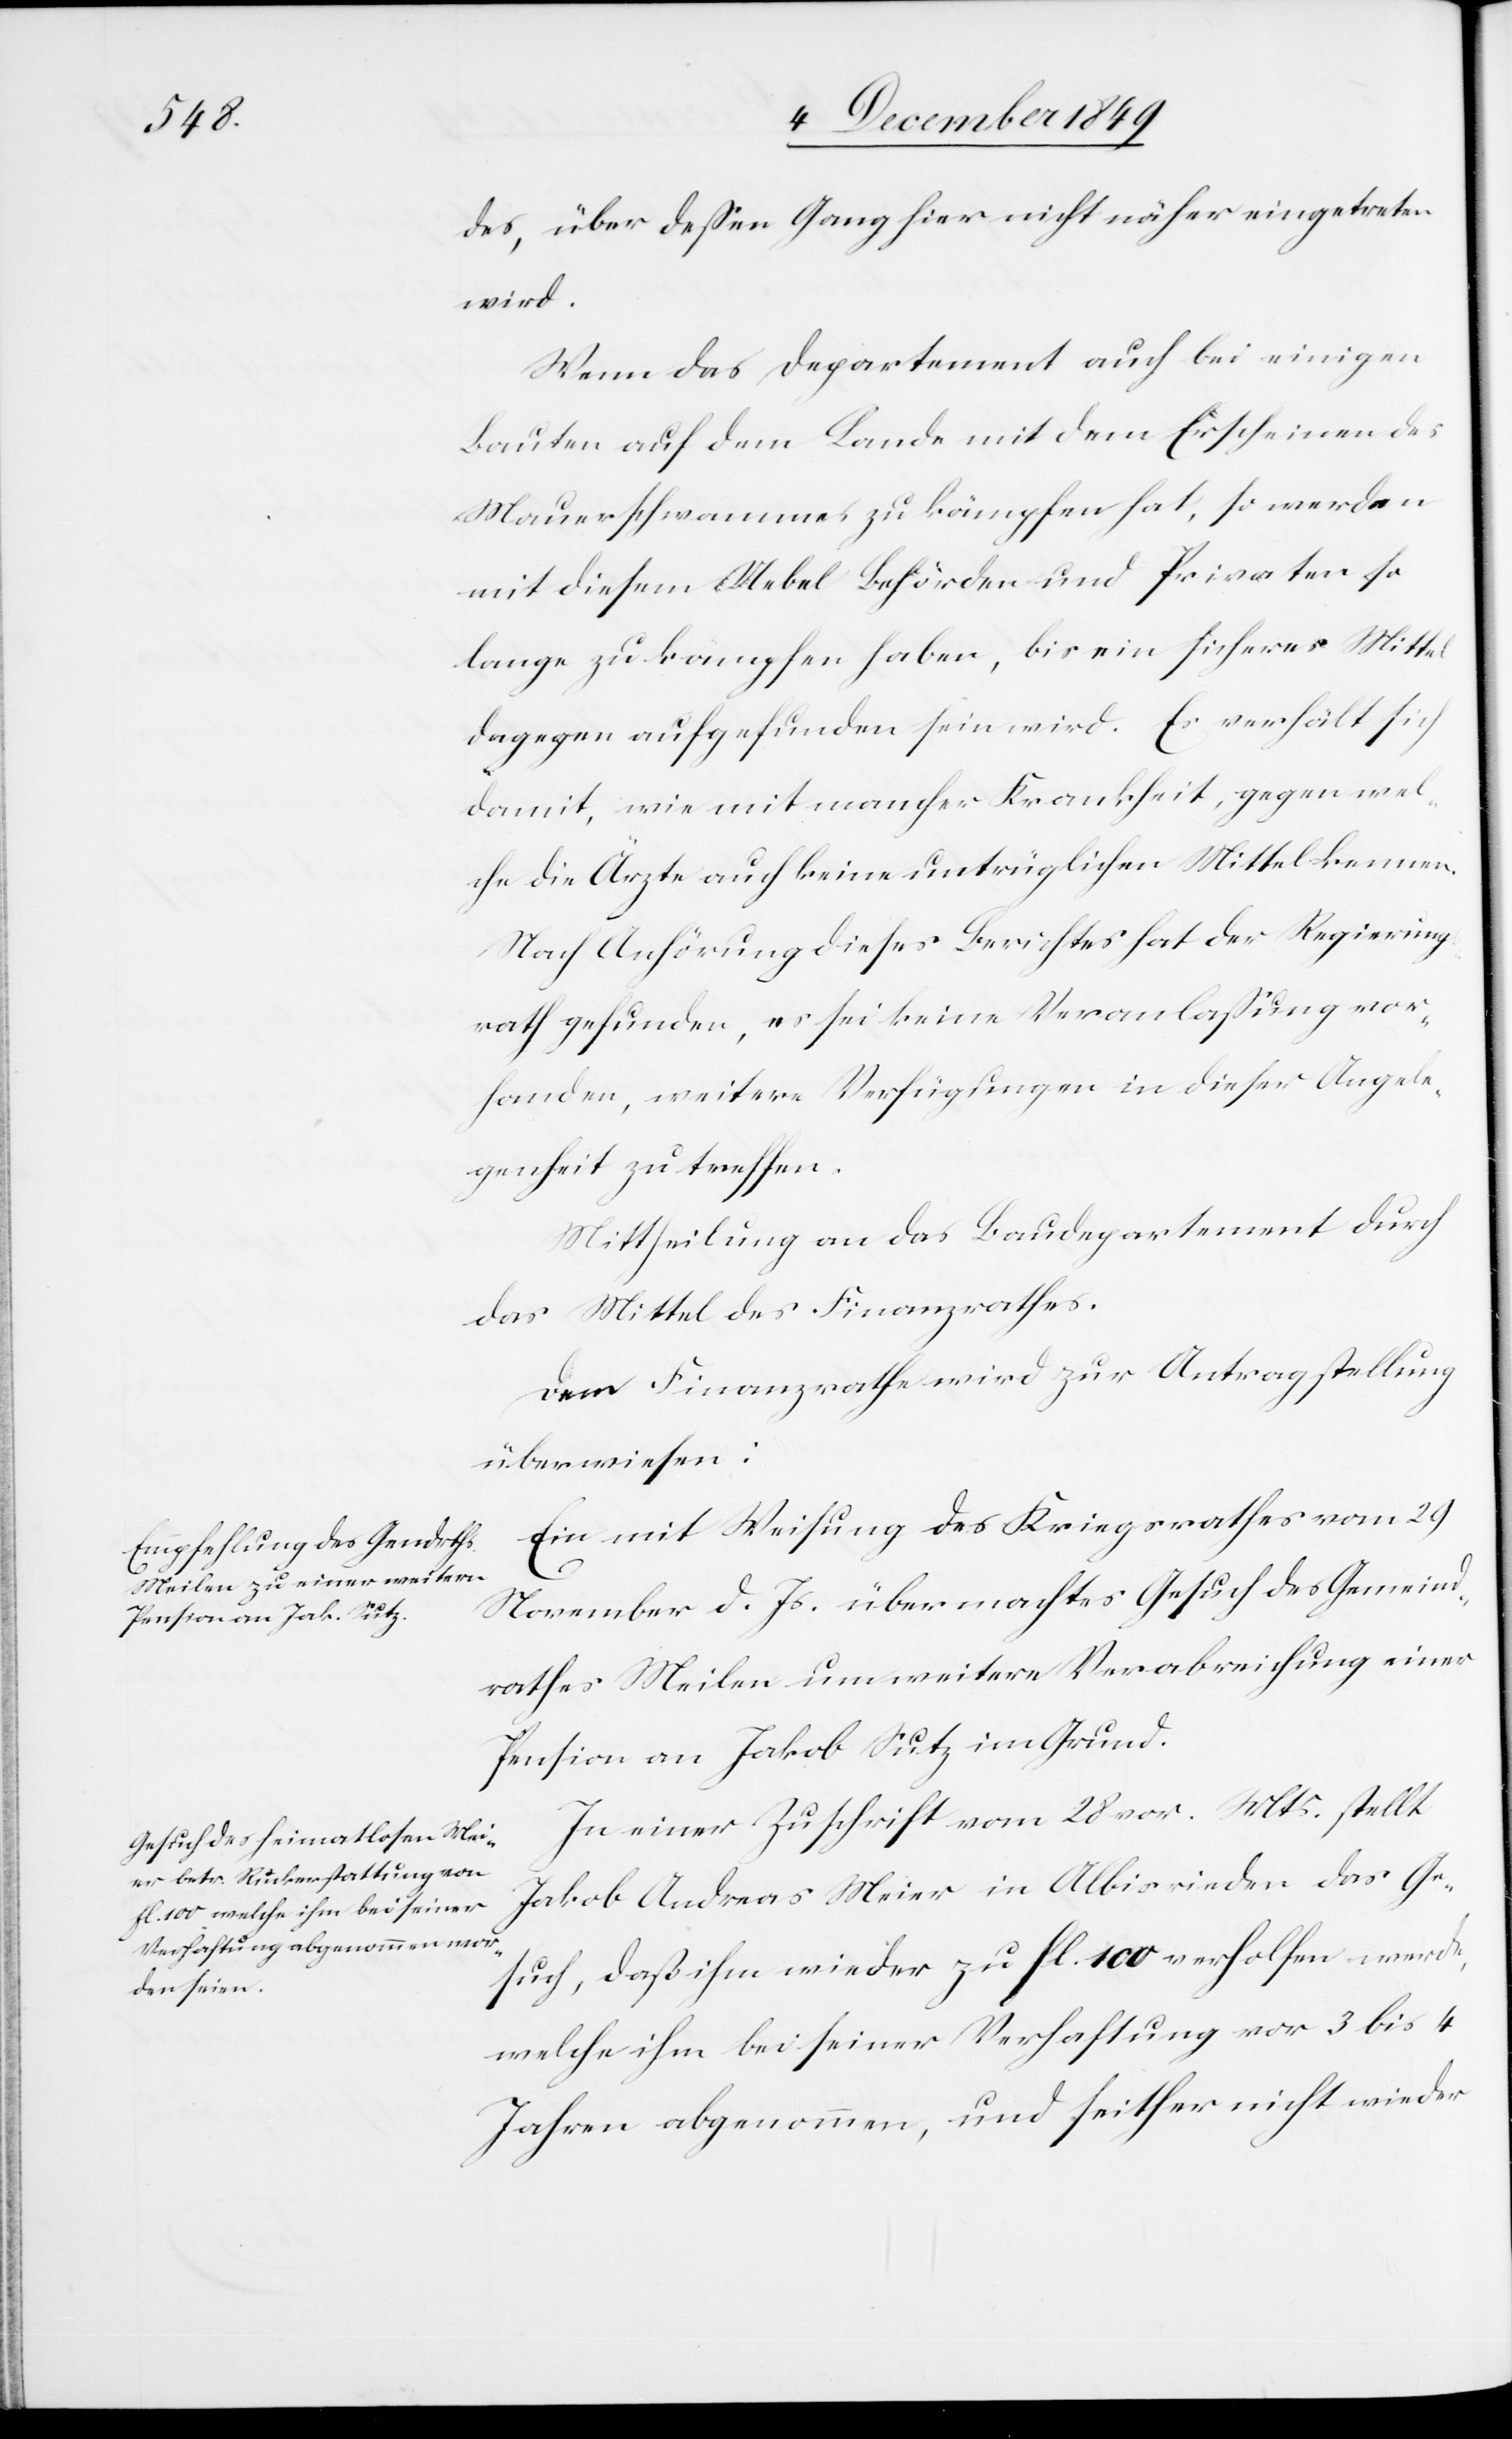
des, über deßen Gang hier nicht näher eingetreten
wird.
Wenn das Departement auch bei einigen
Bauten auf dem Lande mit dem Erscheinen des
Mauerschwammes zu kämpfen hat, so werden
mit diesem Uebel Behörden und Privaten so
lange zu kämpfen haben, bis ein sicheres Mittel
dagegen aufgefunden sein wird. Es verhält sich
damit, wie mit mancher Krankheit, gegen wel¬
che die Ärzte auch keine untrüglichen Mittel kennen.
Nach Anhörung dieses Berichtes hat der Regierungs¬
rath gefunden, es sei keine Veranlaßung vor¬
handen, weitere Verfügungen in dieser Angele¬
genheit zu treffen.
Mittheilung an das Baudepartement durch
das Mittel des Finanzrathes.
Ein mit Weisung des Kriegsrathes vom 29
November d. Js. übermachtes Gesuch des Gemeind¬
rathes Meilen um weitere Verabreichung einer
Pension an Jakob Sutz im Grund.
In einer Zuschrift vom 28 vor. Mts. stellt
Jakob Andreas Meier in Albisrieden das Ge¬
such, daß ihm wieder zu fl. 100 verholfen werden,
welche ihm bei seiner Verhaftung vor 3 bis 4
Jahren abgenommen, und seither nicht wieder